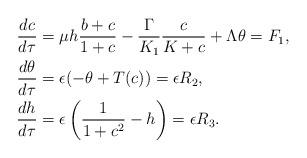
LaTeX: \begin{align*}\frac{dc}{d\tau}&=\mu h\frac{b+c}{1+c}-\frac{\Gamma}{K_1}\frac{c}{K+c}+\Lambda\theta=F_1,\\\frac{d\theta}{d\tau}&=\epsilon(-\theta+T(c))=\epsilon R_2,\\\frac{dh}{d\tau}&=\epsilon\left(\frac{1}{1+c^2}-h\right)=\epsilon R_3.\end{align*}